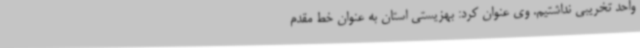
واحد تخریبی نداشتیم. وی عنوان کرد: بهزیستی استان به عنوان خط مقدم